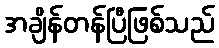
အချိန်တန်ပြီဖြစ်သည်